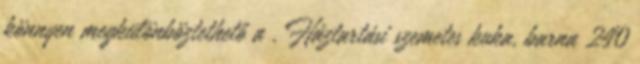
könnyen megkülönböztethető a . Háztartási szemetes kuka, barna 240